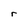
Character: r